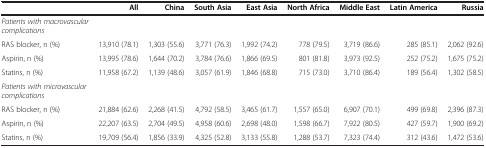
|  | All | China | South Asia | East Asia | North Africa | Middle East | Latin America | Russia |
 | --- | --- | --- | --- | --- | --- | --- | --- | --- |
 | Patients with macrovascular complications |  |  |  |  |  |  |  |  |
 | RAS blocker, n (%) | 13,910 (78.1) | 1,303 (55.6) | 3,771 (76.3) | 1,992 (74.2) | 778 (79.5) | 3,719 (86.6) | 285 (85.1) | 2,062 (92.6) |
 | Aspirin, n (%) | 13,995 (78.6) | 1,644 (70.2) | 3,784 (76.6) | 1,866 (69.5) | 801 (81.8) | 3,973 (92.5) | 252 (75.2) | 1,675 (75.2) |
 | Statins, n (%) | 11,958 (67.2) | 1,139 (48.6) | 3,057 (61.9) | 1,846 (68.8) | 715 (73.0) | 3,710 (86.4) | 189 (56.4) | 1,302 (58.5) |
 | Patients with microvascular complications |  |  |  |  |  |  |  |  |
 | RAS blocker, n (%) | 21,884 (62.6) | 2,268 (41.5) | 4,792 (58.5) | 3,465 (61.7) | 1,557 (65.0) | 6,907 (70.1) | 499 (69.8) | 2,396 (87.3) |
 | Aspirin, n (%) | 22,207 (63.5) | 2,704 (49.5) | 4,958 (60.6) | 2,698 (48.0) | 1,598 (66.7) | 7,922 (80.5) | 427 (59.7) | 1,900 (69.2) |
 | Statins, n (%) | 19,709 (56.4) | 1,856 (33.9) | 4,325 (52.8) | 3,133 (55.8) | 1,288 (53.7) | 7,323 (74.4) | 312 (43.6) | 1,472 (53.6) |